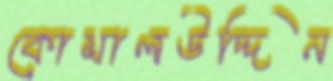
কোমালউদ্দিন